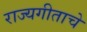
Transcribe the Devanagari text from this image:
राज्यगीताचे